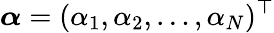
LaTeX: \boldsymbol{\alpha}=(\alpha_{1},\alpha_{2},\dots,\alpha_{N})^{\top}